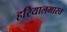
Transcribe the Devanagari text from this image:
हरियालभारत